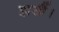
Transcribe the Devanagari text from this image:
झखैं।